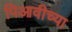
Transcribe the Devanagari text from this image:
पिआवीच्या